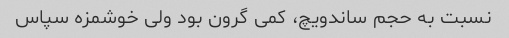
نسبت به حجم ساندویچ، کمی گرون بود ولی خوشمزه سپاس